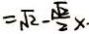
= \sqrt { 2 } - \frac { \sqrt { 2 } } { 2 } x \cdot